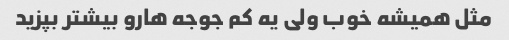
مثل همیشه خوب ولی یه کم جوجه هارو بیشتر بپزید